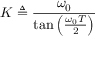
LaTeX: K \triangleq { \frac { \omega _ { 0 } } { \tan \left( { \frac { \omega _ { 0 } T } { 2 } } \right) } }